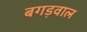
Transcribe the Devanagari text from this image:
बगड़वाल